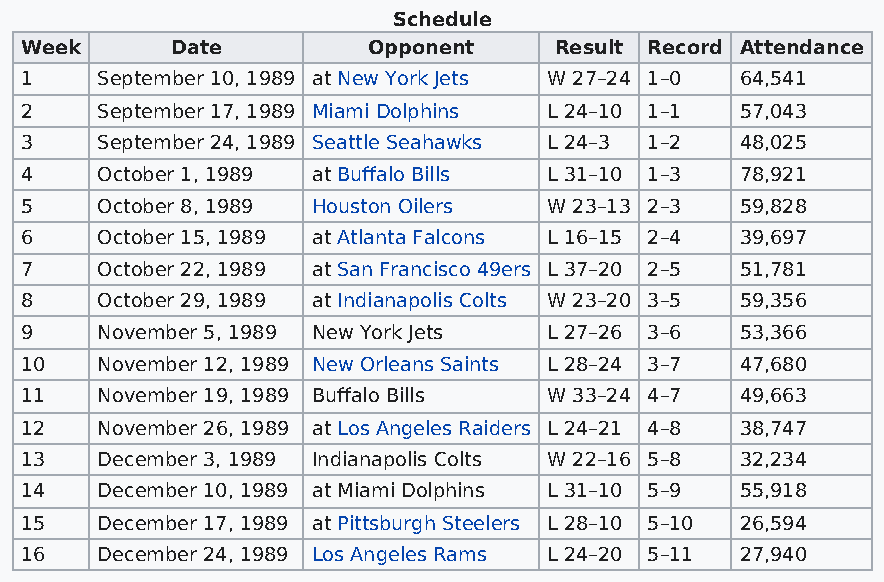
Schedule
 Week      Date         Opponent     Result Record Attendance
 1    September 10, 1989 at New York Jets W 27–24 1–0 64,541
 2    September 17, 1989 Miami Dolphins L 24–10 1–1 57,043
 3    September 24, 1989 Seattle Seahawks L 24–3 1–2 48,025
 4    October 1, 1989 at Buffalo Bills L 31–10 1–3 78,921
 5    October 8, 1989 Houston Oilers W 23–13 2–3 59,828
 6    October 15, 1989 at Atlanta Falcons L 16–15 2–4 39,697
 7    October 22, 1989 at San Francisco 49ers L 37–20 2–5 51,781
 8    October 29, 1989 at Indianapolis Colts W 23–20 3–5 59,356
 9    November 5, 1989 New York Jets L 27–26 3–6 53,366
 10   November 12, 1989 New Orleans Saints L 28–24 3–7 47,680
 11   November 19, 1989 Buffalo Bills W 33–24 4–7 49,663
 12   November 26, 1989 at Los Angeles Raiders L 24–21 4–8 38,747
 13   December 3, 1989 Indianapolis Colts W 22–16 5–8 32,234
 14   December 10, 1989 at Miami Dolphins L 31–10 5–9 55,918
 15   December 17, 1989 at Pittsburgh Steelers L 28–10 5–10 26,594
 16   December 24, 1989 Los Angeles Rams L 24–20 5–11 27,940